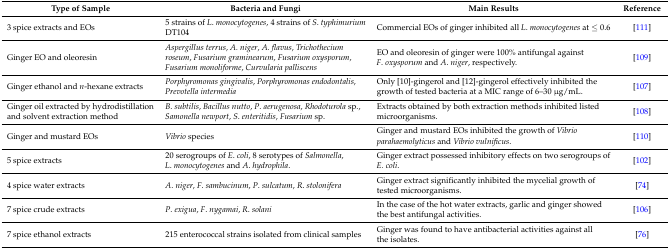
| Type of Sample | Bacteria and Fungi | Main Results | Reference |
 | --- | --- | --- | --- |
 | 3 spice extracts and EOs | 5 strains of L. monocytogenes, 4 strains of S. typhimurium DT104 | Commercial EOs of ginger inhibited all L. monocytogenes at ≤ 0.6 | [111] |
 | Ginger EO and oleoresin | Aspergillus terrus, A. niger, A. flavus, Trichothecium roseum, Fusarium graminearum, Fusarium oxysporum, Fusarium monoliforme, Curvularia palliscens | EO and oleoresin of ginger were 100% antifungal against F. oxysporum and A. niger, respectively. | [109] |
 | Ginger ethanol and n-hexane extracts | Porphyromonas gingivalis, Porphyromonas endodontalis, Prevotella intermedia | Only [10]-gingerol and [12]-gingerol effectively inhibited the growth of tested bacteria at a MIC range of 6–30 μg/mL. | [107] |
 | Ginger oil extracted by hydrodistillation and solvent extraction method | B. subtilis, Bacillus nutto, P. aerugenosa, Rhodoturola sp., Samonella newport, S. enteritidis, Fusarium sp. | Extracts obtained by both extraction methods inhibited listed microorganisms. | [108] |
 | Ginger and mustard EOs | Vibrio species | Ginger and mustard EOs inhibited the growth of Vibrio parahaemolyticus and Vibrio vulnificus. | [110] |
 | 5 spice extracts | 20 serogroups of E. coli, 8 serotypes of Salmonella, L. monocytogenes and A. hydrophila. | Ginger extract possessed inhibitory effects on two serogroups of E. coli. | [102] |
 | 4 spice water extracts | A. niger, F. sambucinum, P. sulcatum, R. stolonifera | Ginger extract significantly inhibited the mycelial growth of tested microorganisms. | [74] |
 | 7 spice crude extracts | P. exigua, F. nygamai, R. solani | In the case of the hot water extracts, garlic and ginger showed the best antifungal activities. | [106] |
 | 7 spice ethanol extracts | 215 enterococcal strains isolated from clinical samples | Ginger was found to have antibacterial activities against all the isolates. | [76] |